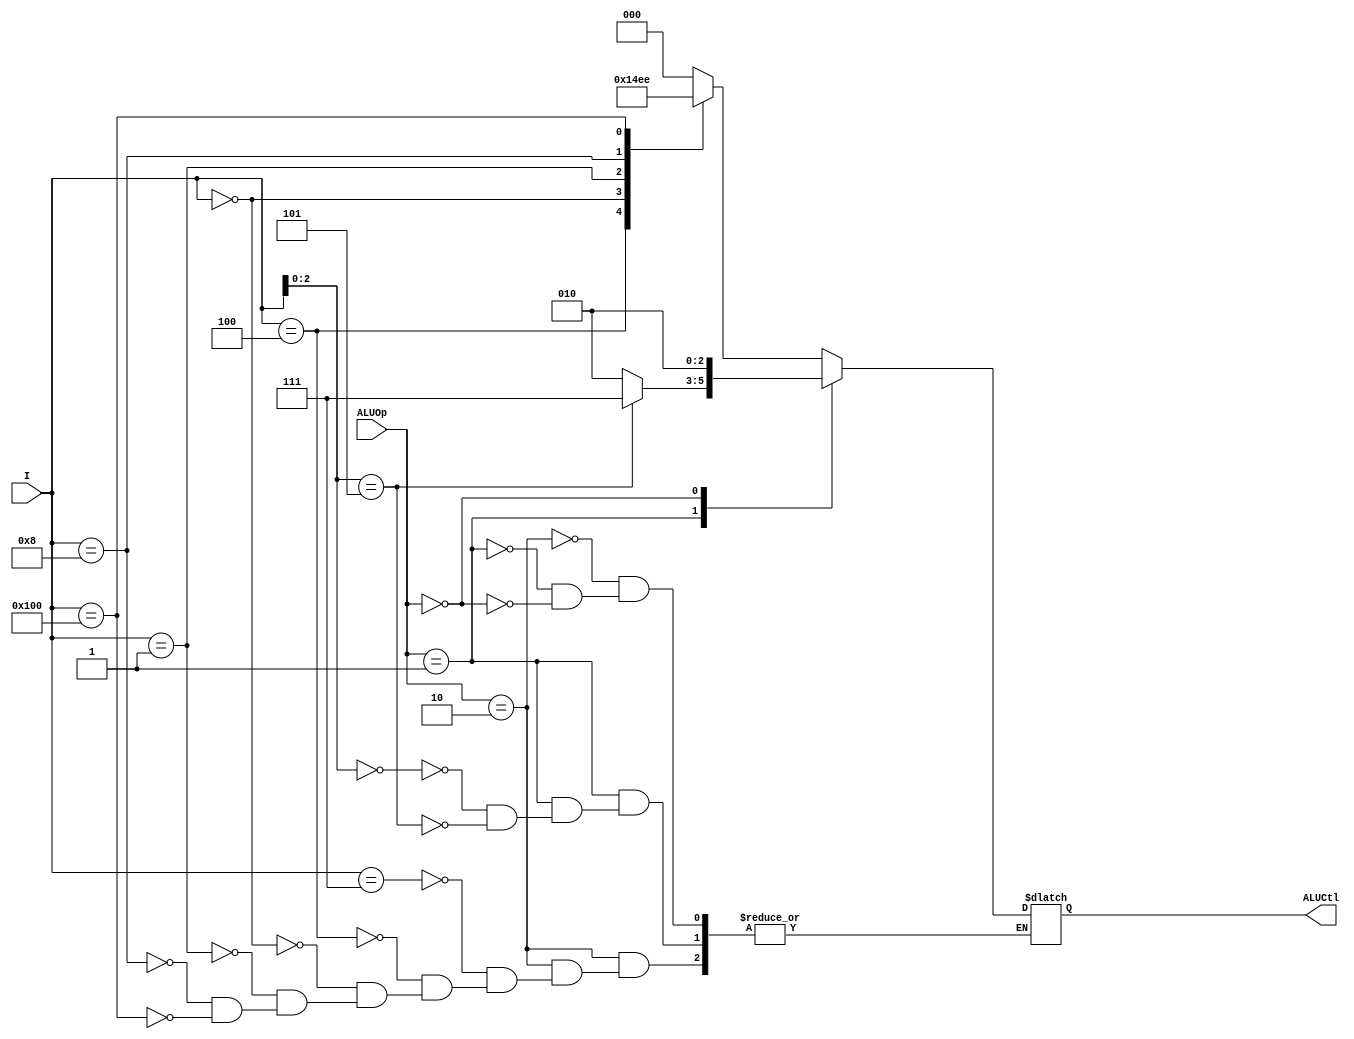
module ALU_Control (ALUOp, I, ALUCtl);

    input [1:0] ALUOp;
    input [9:0] I;
    output reg [2:0] ALUCtl;

    initial begin
        ALUCtl = 3'b000;
    end

    always @(*) begin
        case (ALUOp)
            2'b10: begin
                case (I)
                    10'b0000000111: ALUCtl = 3'b000; //and
                    10'b0000000100: ALUCtl = 3'b001; //xor
                    10'b0000000000: ALUCtl = 3'b010; //add
                    10'b0000000001: ALUCtl = 3'b011; //sll
                    10'b0000001000: ALUCtl = 3'b101; //mul
                    10'b0100000000: ALUCtl = 3'b110; //sub
                endcase
            end
            2'b01: begin
                case (I[2:0])
                    3'b000: ALUCtl = 3'b010; //addi //beq (beq should do sub, but it will be done in Flush.v in the ID stage)
                    3'b101: ALUCtl = 3'b111; //srai
                endcase
            end
            2'b00: begin
                ALUCtl = 3'b010; //lw, sw
            end
        endcase
    end


endmodule